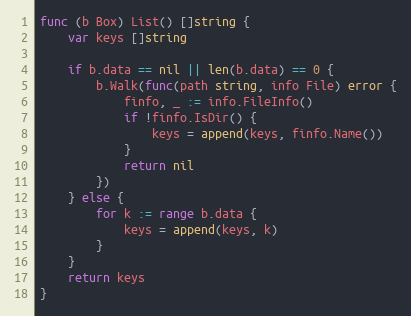
Language: Go
func (b Box) List() []string {
	var keys []string

	if b.data == nil || len(b.data) == 0 {
		b.Walk(func(path string, info File) error {
			finfo, _ := info.FileInfo()
			if !finfo.IsDir() {
				keys = append(keys, finfo.Name())
			}
			return nil
		})
	} else {
		for k := range b.data {
			keys = append(keys, k)
		}
	}
	return keys
}